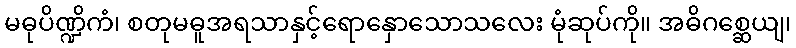
မဓုပိဏ္ဍိကံ၊ စတုမဓူအရသာနှင့်ရောနှောသောသလေး မုံဆုပ်ကို။ အဓိဂစ္ဆေယျ၊